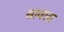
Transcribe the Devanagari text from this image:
सावला